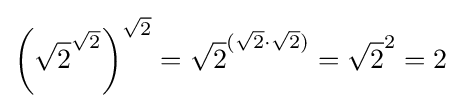
\left({\sqrt {2}}^{\sqrt {2}}\right)^{\sqrt {2}}={\sqrt {2}}^{({\sqrt {2}}\cdot {\sqrt {2}})}={\sqrt {2}}^{2}=2